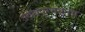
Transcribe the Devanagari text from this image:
उदयपूरमधूनच